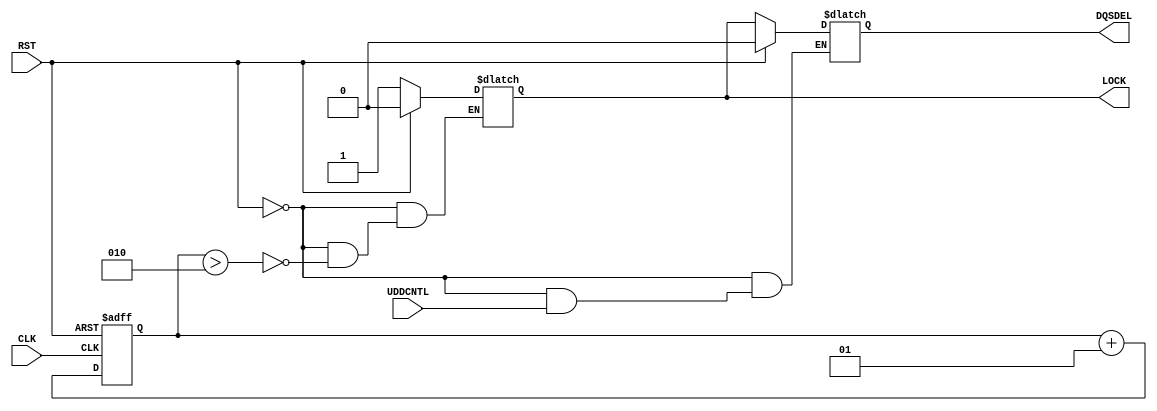
module DQSDLL (CLK, RST, UDDCNTL, DQSDEL, LOCK);

parameter DEL_ADJ = "PLUS";
parameter DEL_VAL = "0";
parameter LOCK_SENSITIVITY = "LOW";

parameter   LOCK_CYC   = 2;

input  CLK, RST, UDDCNTL;
output LOCK, DQSDEL;

wire RST_int, UDDCNTL_int, UDDCNTL_buf;
reg  LOCK_int, DQSDEL_int;
wire clkin_in;

buf buf_clkin (clkin_in, CLK);
buf buf_rst  (RST_int, RST);
buf buf_uddcntl (UDDCNTL_buf, UDDCNTL);

buf buf_lock (LOCK, LOCK_int);
buf buf_dqsdel (DQSDEL, DQSDEL_int);

integer clk_rising_edge_count;

assign UDDCNTL_int = ~UDDCNTL_buf;

initial
begin
        clk_rising_edge_count = 0;
end

always @(posedge clkin_in or posedge RST_int) 
begin
   if (RST_int)
       clk_rising_edge_count = 0;
   else
       clk_rising_edge_count = clk_rising_edge_count + 1;
end

always @(clk_rising_edge_count or RST_int)
begin
    if (RST_int)
         LOCK_int = 1'b0;
    else if (clk_rising_edge_count > LOCK_CYC)
         LOCK_int = 1'b1;
end

always @(LOCK_int or UDDCNTL_int or RST_int)
begin
  if (RST_int)
      DQSDEL_int = 1'b0;
  else if (UDDCNTL_int == 1'b1)
      DQSDEL_int = LOCK_int;
  else
      DQSDEL_int = DQSDEL_int;
end

specify 
 
(CLK => LOCK) =  0:0:0, 0:0:0;
(CLK => DQSDEL) =  0:0:0, 0:0:0;
(RST => LOCK) =  0:0:0, 0:0:0;
(RST => DQSDEL) =  0:0:0, 0:0:0;
(UDDCNTL => LOCK) =  0:0:0, 0:0:0;
(UDDCNTL => DQSDEL) =  0:0:0, 0:0:0;
 
endspecify 

endmodule